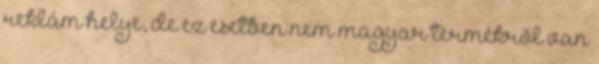
reklám helye, de ez esetben nem magyar termékről van